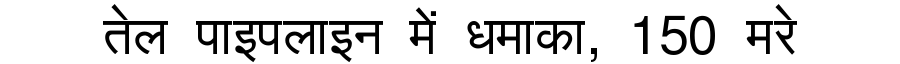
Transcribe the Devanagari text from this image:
तेल पाइपलाइन में धमाका, 150 मरे